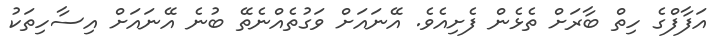
އަފާފްގެ ހިތް ބާރަށް ތެޅެން ފެށިއެވެ. އޭނައަށް ވަގުތެއްނެތޭ ބުނެ އޭނައަށް އިސާހިތަކު